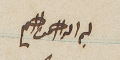
بسم الله الرحمن الرحيم